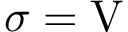
\sigma = \mathrm { V }